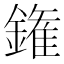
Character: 𨫝